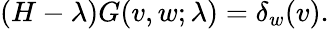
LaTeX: (H-\lambda)G(v,w;\lambda)=\delta_{w}(v).